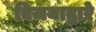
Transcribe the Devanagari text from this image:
विजयाद्वारे